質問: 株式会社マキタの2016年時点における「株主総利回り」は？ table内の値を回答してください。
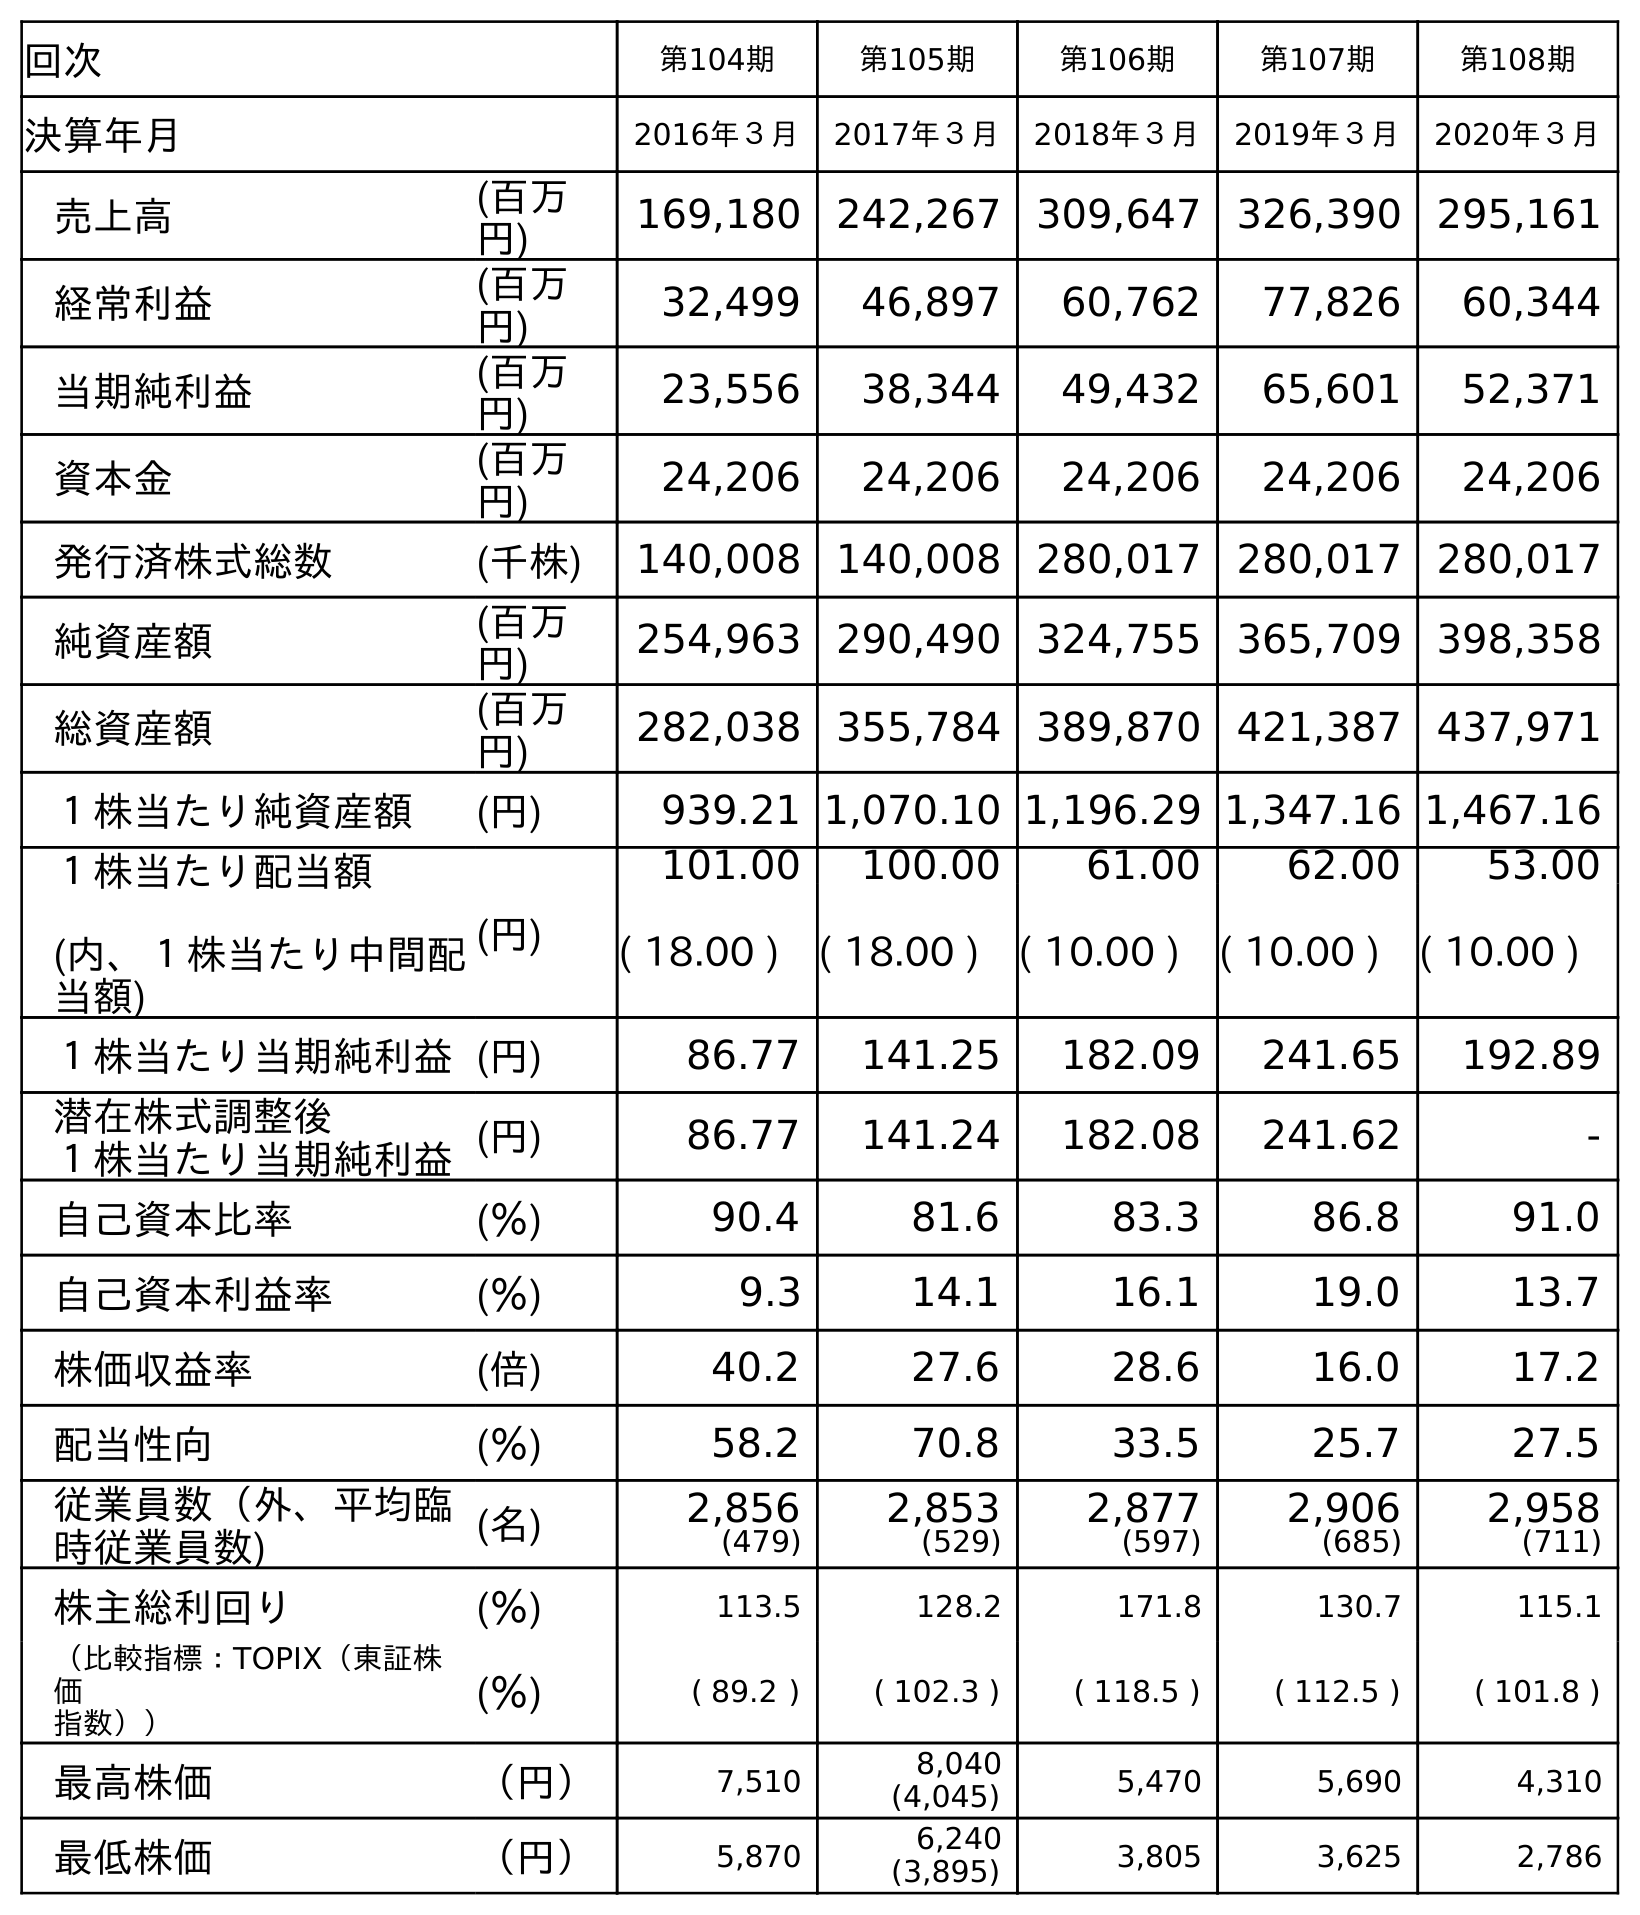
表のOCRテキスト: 回次 第104期 第105期 第106期 第107期 第108期 決算年月 2016年３月 2017年３月 2018年３月 2019年３月 2020年３月 売上高 (百万 円) 169,180 242,267 309,647 326,390 295,161 経常利益 (百万 円) 32,499 46,897 60,762 77,826 60,344 当期純利益 (百万 円) 23,556 38,344 49,432 65,601 52,371 資本金 (百万 円) 24,206 24,206 24,206 24,206 24,206 発行済株式総数 (千株) 140,008 140,008 280,017 280,017 280,017 純資産額 (百万 円) 254,963 290,490 324,755 365,709 398,358 総資産額 (百万 円) 282,038 355,784 389,870 421,387 437,971 １株当たり純資産額 (円) 939.21 1,070.10 1,196.29 1,347.16 1,467.16 １株当たり配当額 (内、１株当たり中間配 当額) (円) 101.00 100.00 61.00 62.00 53.00 ( 18.00 ) ( 18.00 ) ( 10.00 ) ( 10.00 ) ( 10.00 ) １株当たり当期純利益(円) 86.77 141.25 182.09 241.65 192.89 潜在株式調整後 １株当たり当期純利益(円) 86.77 141.24 182.08 241.62 - 自己資本比率 (％) 90.4 81.6 83.3 86.8 91.0 自己資本利益率 (％) 9.3 14.1 16.1 19.0 13.7 株価収益率 (倍) 40.2 27.6 28.6 16.0 17.2 配当性向 (％) 58.2 70.8 33.5 25.7 27.5 従業員数（外、平均臨 時従業員数) (名) 2,856 (479) 2,853 (529) 2,877 (597) 2,906 (685) 2,958 (711) 株主総利回り (％) 113.5 128.2 171.8 130.7 115.1 （比較指標：TOPIX（東証株 価 指数）） (％) ( 89.2 ) ( 102.3 ) ( 118.5 ) ( 112.5 ) ( 101.8 ) 最高株価 （円） 7,510 8,040 (4,045) 5,470 5,690 4,310 最低株価 （円） 5,870 6,240 (3,895) 3,805 3,625 2,786
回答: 113.5